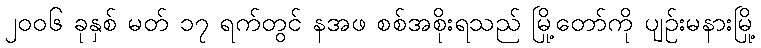
၂၀၀၆ ခုနှစ် မတ် ၁၇ ရက်တွင် နအဖ စစ်အစိုးရသည် မြို့တော်ကို ပျဉ်းမနားမြို့